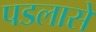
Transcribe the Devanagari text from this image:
पडलासे